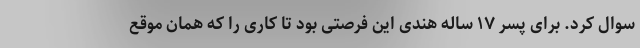
سوال کرد. برای پسر ۱۷ ساله هندی این فرصتی بود تا کاری را که همان موقع